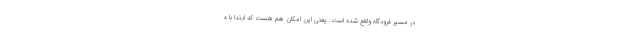
در مسیر فرودگاه واقع شده است. یعنی این امکان هم هست که ابتدا با ه